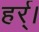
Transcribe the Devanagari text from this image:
हर्र्।